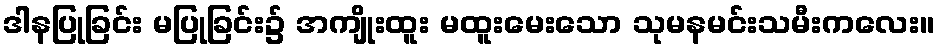
ဒါနပြုခြင်း မပြုခြင်း၌ အကျိုးထူး မထူးမေးသော သုမနမင်းသမီးကလေး။